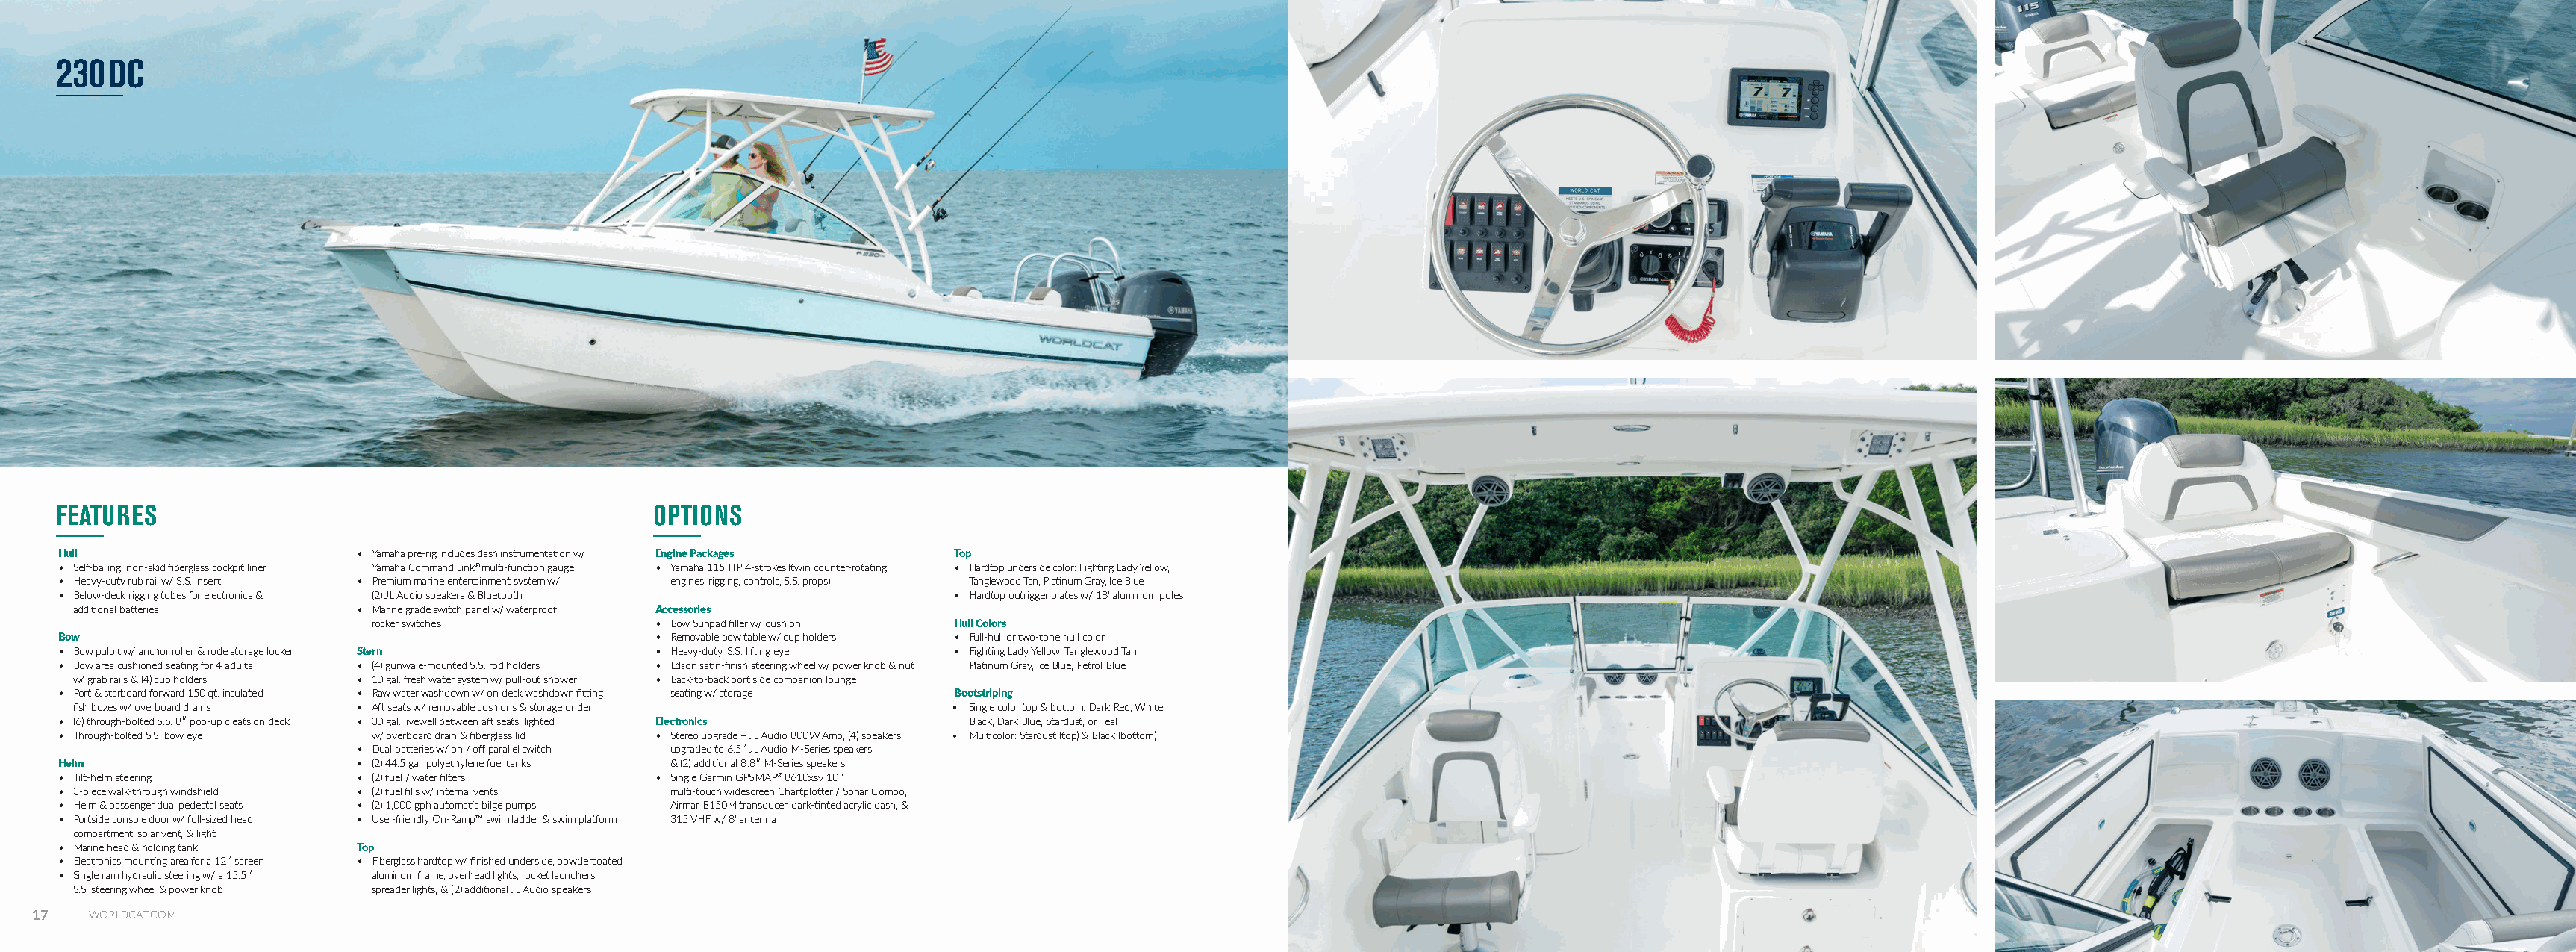
230DC
 FEATURES                                             OPTIONS
 Hull                       • Yamaha pre-rig includes dash instrumentation w/ Engine Packages Top
 • Self-bailing, non-skid fiberglass cockpit liner Yamaha Command Link® multi-function gauge • Yamaha 115 HP 4-strokes (twin counter-rotating • Hardtop underside color: Fighting Lady Yellow,
 • Heavy-duty rub rail w/ S.S. insert • Premium marine entertainment system w/ engines, rigging, controls, S.S. props) Tanglewood Tan, Platinum Gray, Ice Blue
 • Below-deck rigging tubes for electronics & (2) JL Audio speakers & Bluetooth  • Hardtop outrigger plates w/ 18’ aluminum poles
 additional batteries      • Marine grade switch panel w/ waterproof Accessories
 rocker switches          • Bow Sunpad filler w/ cushion Hull Colors
 Bow                                                  • Removable bow table w/ cup holders • Full-hull or two-tone hull color
 • Bow pulpit w/ anchor roller & rode storage locker Stern • Heavy-duty, S.S. lifting eye • Fighting Lady Yellow, Tanglewood Tan,
 • Bow area cushioned seating for 4 adults • (4) gunwale-mounted S.S. rod holders • Edson satin-finish steering wheel w/ power knob & nut Platinum Gray, Ice Blue, Petrol Blue
 w/ grab rails & (4) cup holders • 10 gal. fresh water system w/ pull-out shower • Back-to-back port side companion lounge
 • Port & starboard forward 150 qt. insulated • Raw water washdown w/ on deck washdown fitting seating w/ storage Bootstriping
 fish boxes w/ overboard drains • Aft seats w/ removable cushions & storage under • Single color top & bottom: Dark Red, White,
 • (6) through-bolted S.S. 8ʺ pop-up cleats on deck • 30 gal. livewell between aft seats, lighted Electronics Black, Dark Blue, Stardust, or Teal
 • Through-bolted S.S. bow eye w/ overboard drain & fiberglass lid • Stereo upgrade – JL Audio 800W Amp, (4) speakers • Multicolor: Stardust (top) & Black (bottom)
 • Dual batteries w/ on / off parallel switch upgraded to 6.5ʺ JL Audio M-Series speakers,
 Helm                       • (2) 44.5 gal. polyethylene fuel tanks & (2) additional 8.8ʺ M-Series speakers
 • Tilt-helm steering       • (2) fuel / water filters • Single Garmin GPSMAP® 8610xsv 10ʺ
 • 3-piece walk-through windshield • (2) fuel fills w/ internal vents multi-touch widescreen Chartplotter / Sonar Combo,
 • Helm & passenger dual pedestal seats • (2) 1,000 gph automatic bilge pumps Airmar B150M transducer, dark-tinted acrylic dash, &
 • Portside console door w/ full-sized head • User-friendly On-Ramp™ swim ladder & swim platform 315 VHF w/ 8’ antenna
 compartment, solar vent, & light
 • Marine head & holding tank Top
 • Electronics mounting area for a 12ʺ screen • Fiberglass hardtop w/ finished underside, powdercoated
 • Single ram hydraulic steering w/ a 15.5ʺ aluminum frame, overhead lights, rocket launchers,
 S.S. steering wheel & power knob spreader lights, & (2) additional JL Audio speakers
 17   WORLDCAT.COM